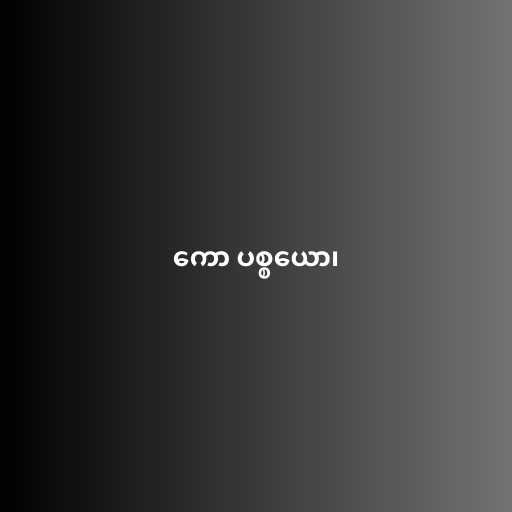
ကော ပစ္စယော၊